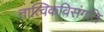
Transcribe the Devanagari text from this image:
तात्विकविसंगति